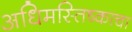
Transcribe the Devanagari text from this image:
अधिमस्तिष्काचा